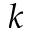
k